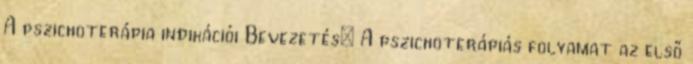
A pszichoterápia indikációi Bevezetés: A pszichoterápiás folyamat az első